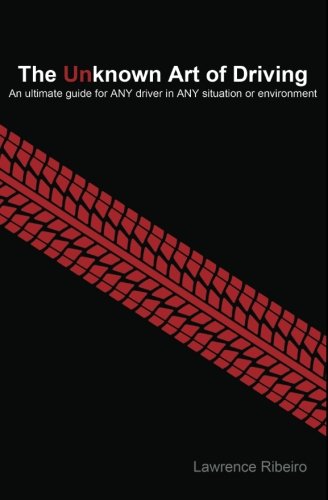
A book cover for The Unknown Art of Driving: An ultimate guide for ANY driver for ANY situation or environment; Lawrence Ribeiro; Test Preparation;